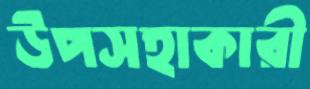
উপসহাকারী